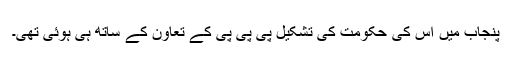
پنجاب میں اس کی حکومت کی تشکیل پی پی پی کے تعاون کے ساتھ ہی ہوئی تھی۔